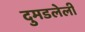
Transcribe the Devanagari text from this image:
दुमडलेली